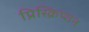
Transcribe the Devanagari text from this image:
प्रिस्क्रिप्शन